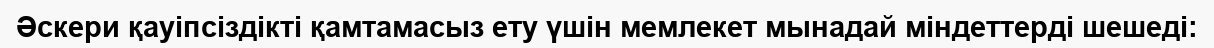
Әскери қауіпсіздікті қамтамасыз ету үшін мемлекет мынадай міндеттерді шешеді: